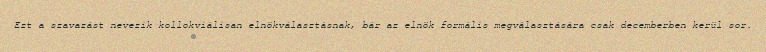
Ezt a szavazást nevezik kollokviálisan elnökválasztásnak, bár az elnök formális megválasztására csak decemberben kerül sor.